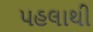
પહલાથી